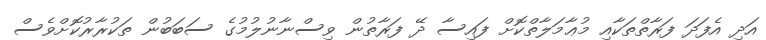
އަދި އެފަދަ ފަރާތްތަކާއި މުޢާމަލާތްކޮށް ފައިސާ ދޭ ފަރާތުން ވިސްނާނުލުމުގެ ސަބަބުން ތަކުރާރުކޮށްވެސް